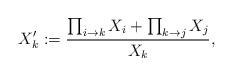
LaTeX: \begin{align*} X'_k:=\frac{\prod_{i\to k} X_i+\prod_{k\to j} X_j}{X_k}, \end{align*}